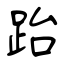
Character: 跆